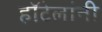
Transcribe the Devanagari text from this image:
हॉटेलांनी